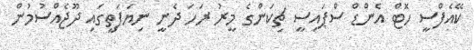
ކޭއެފްސީ ހޮޓް އެންޑް ސްޕައިސީ ޗިކަންގެ މީރު ރަހަ ދެނީ ނިޔަފަތީގައި ދޫޖެއްސުމުން